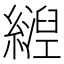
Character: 𬘀